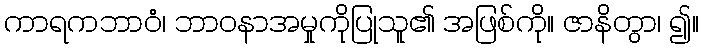
ကာရကဘာဝံ၊ ဘာဝနာအမှုကိုပြုသူ၏ အဖြစ်ကို။ ဇာနိတွာ၊ ၍။